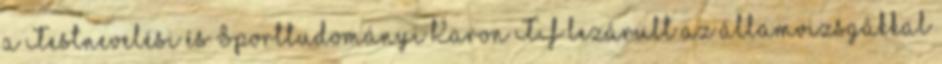
a Testnevelési és Sporttudományi Karon TF lezárult az államvizsgákkal